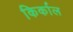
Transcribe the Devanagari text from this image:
किर्काल